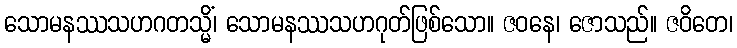
သောမနဿသဟဂတသ္မိံ၊ သောမနဿသဟဂုတ်ဖြစ်သော။ ဇဝနေ၊ ဇောသည်။ ဇဝိတေ၊